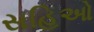
સહિઓ